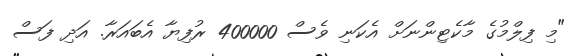
"މި ފިލްމުގެ މާކެޓިންނަށް އެކަނި ވެސް 400000 ރުފިޔާ އެބައަރާ. އަދި ފަސް